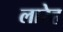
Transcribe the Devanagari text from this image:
लारेह